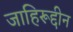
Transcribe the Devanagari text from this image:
जाहिरूद्दीन